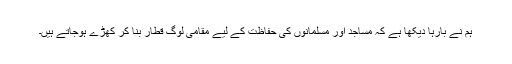
ہم نے بارہا دیکھا ہے کہ مساجد اور مسلمانوں کی حفاظت کے لیے مقامی لوگ قطار بنا کر کھڑے ہوجاتے ہیں۔